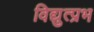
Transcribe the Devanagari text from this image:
विद्युत्प्रभ